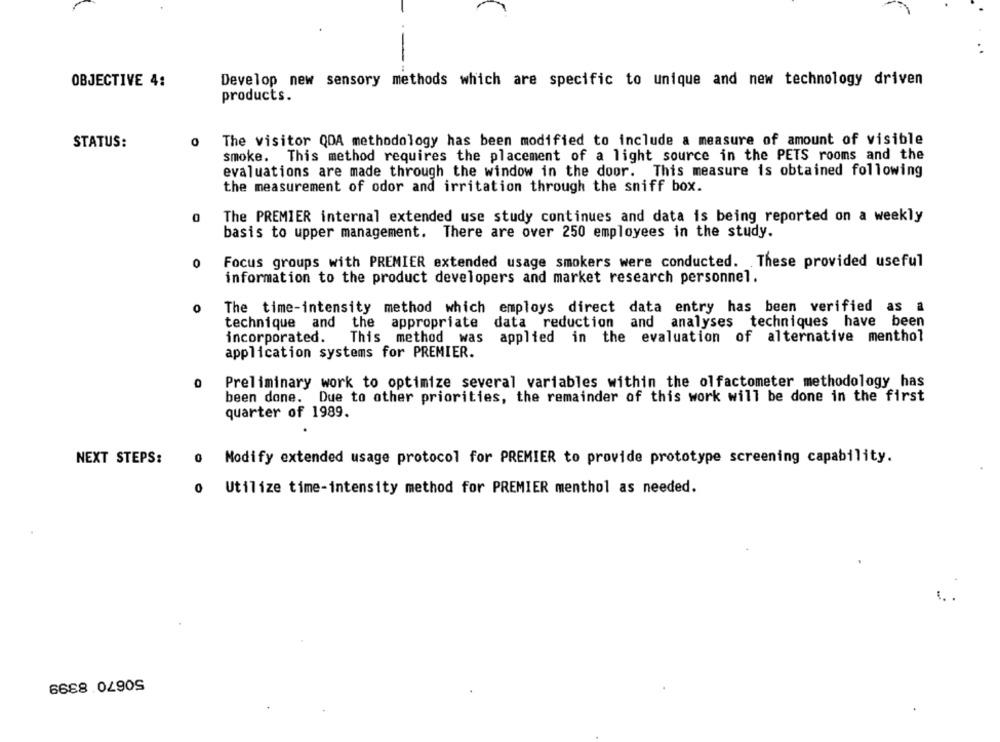
Develop new sensory methods which are specific to unique and new technology driven
OBJECTIVE 4:
products.
The visitor QDA methodology has been modified to include a measure of amount of visible
STATUS:
smoke. This method requires the placement of a light source in the PETS rooms and the
evaluations are made through the window in the door. This measure is obtained following
the measurement of odor and irritation through the sniff box.
0
The PREMIER internal extended use study continues and data is being reported on a weekly
basis to upper management. There are over 250 employees in the study.
0
Focus groups with PREMIER extended usage smokers were conducted. These provided useful
information to the product developers and market research personnel.
0
The time-intensity method which employs direct data entry has been verified as a
technique and the appropriate
data reduction and analyses techniques have been
incorporated.
This method was
applied in the evaluation of alternative menthol
application systems for PREMIER.
0
Preliminary work to optimize several variables within the olfactometer methodology has
been done. Due to other priorities, the remainder of this work will be done in the first
quarter of 1989.
NEXT STEPS:
0
Modify extended usage protocol for PREMIER to provide prototype screening capability.
0
Utilize time-intensity method for PREMIER menthol as needed.
50670 8399
.